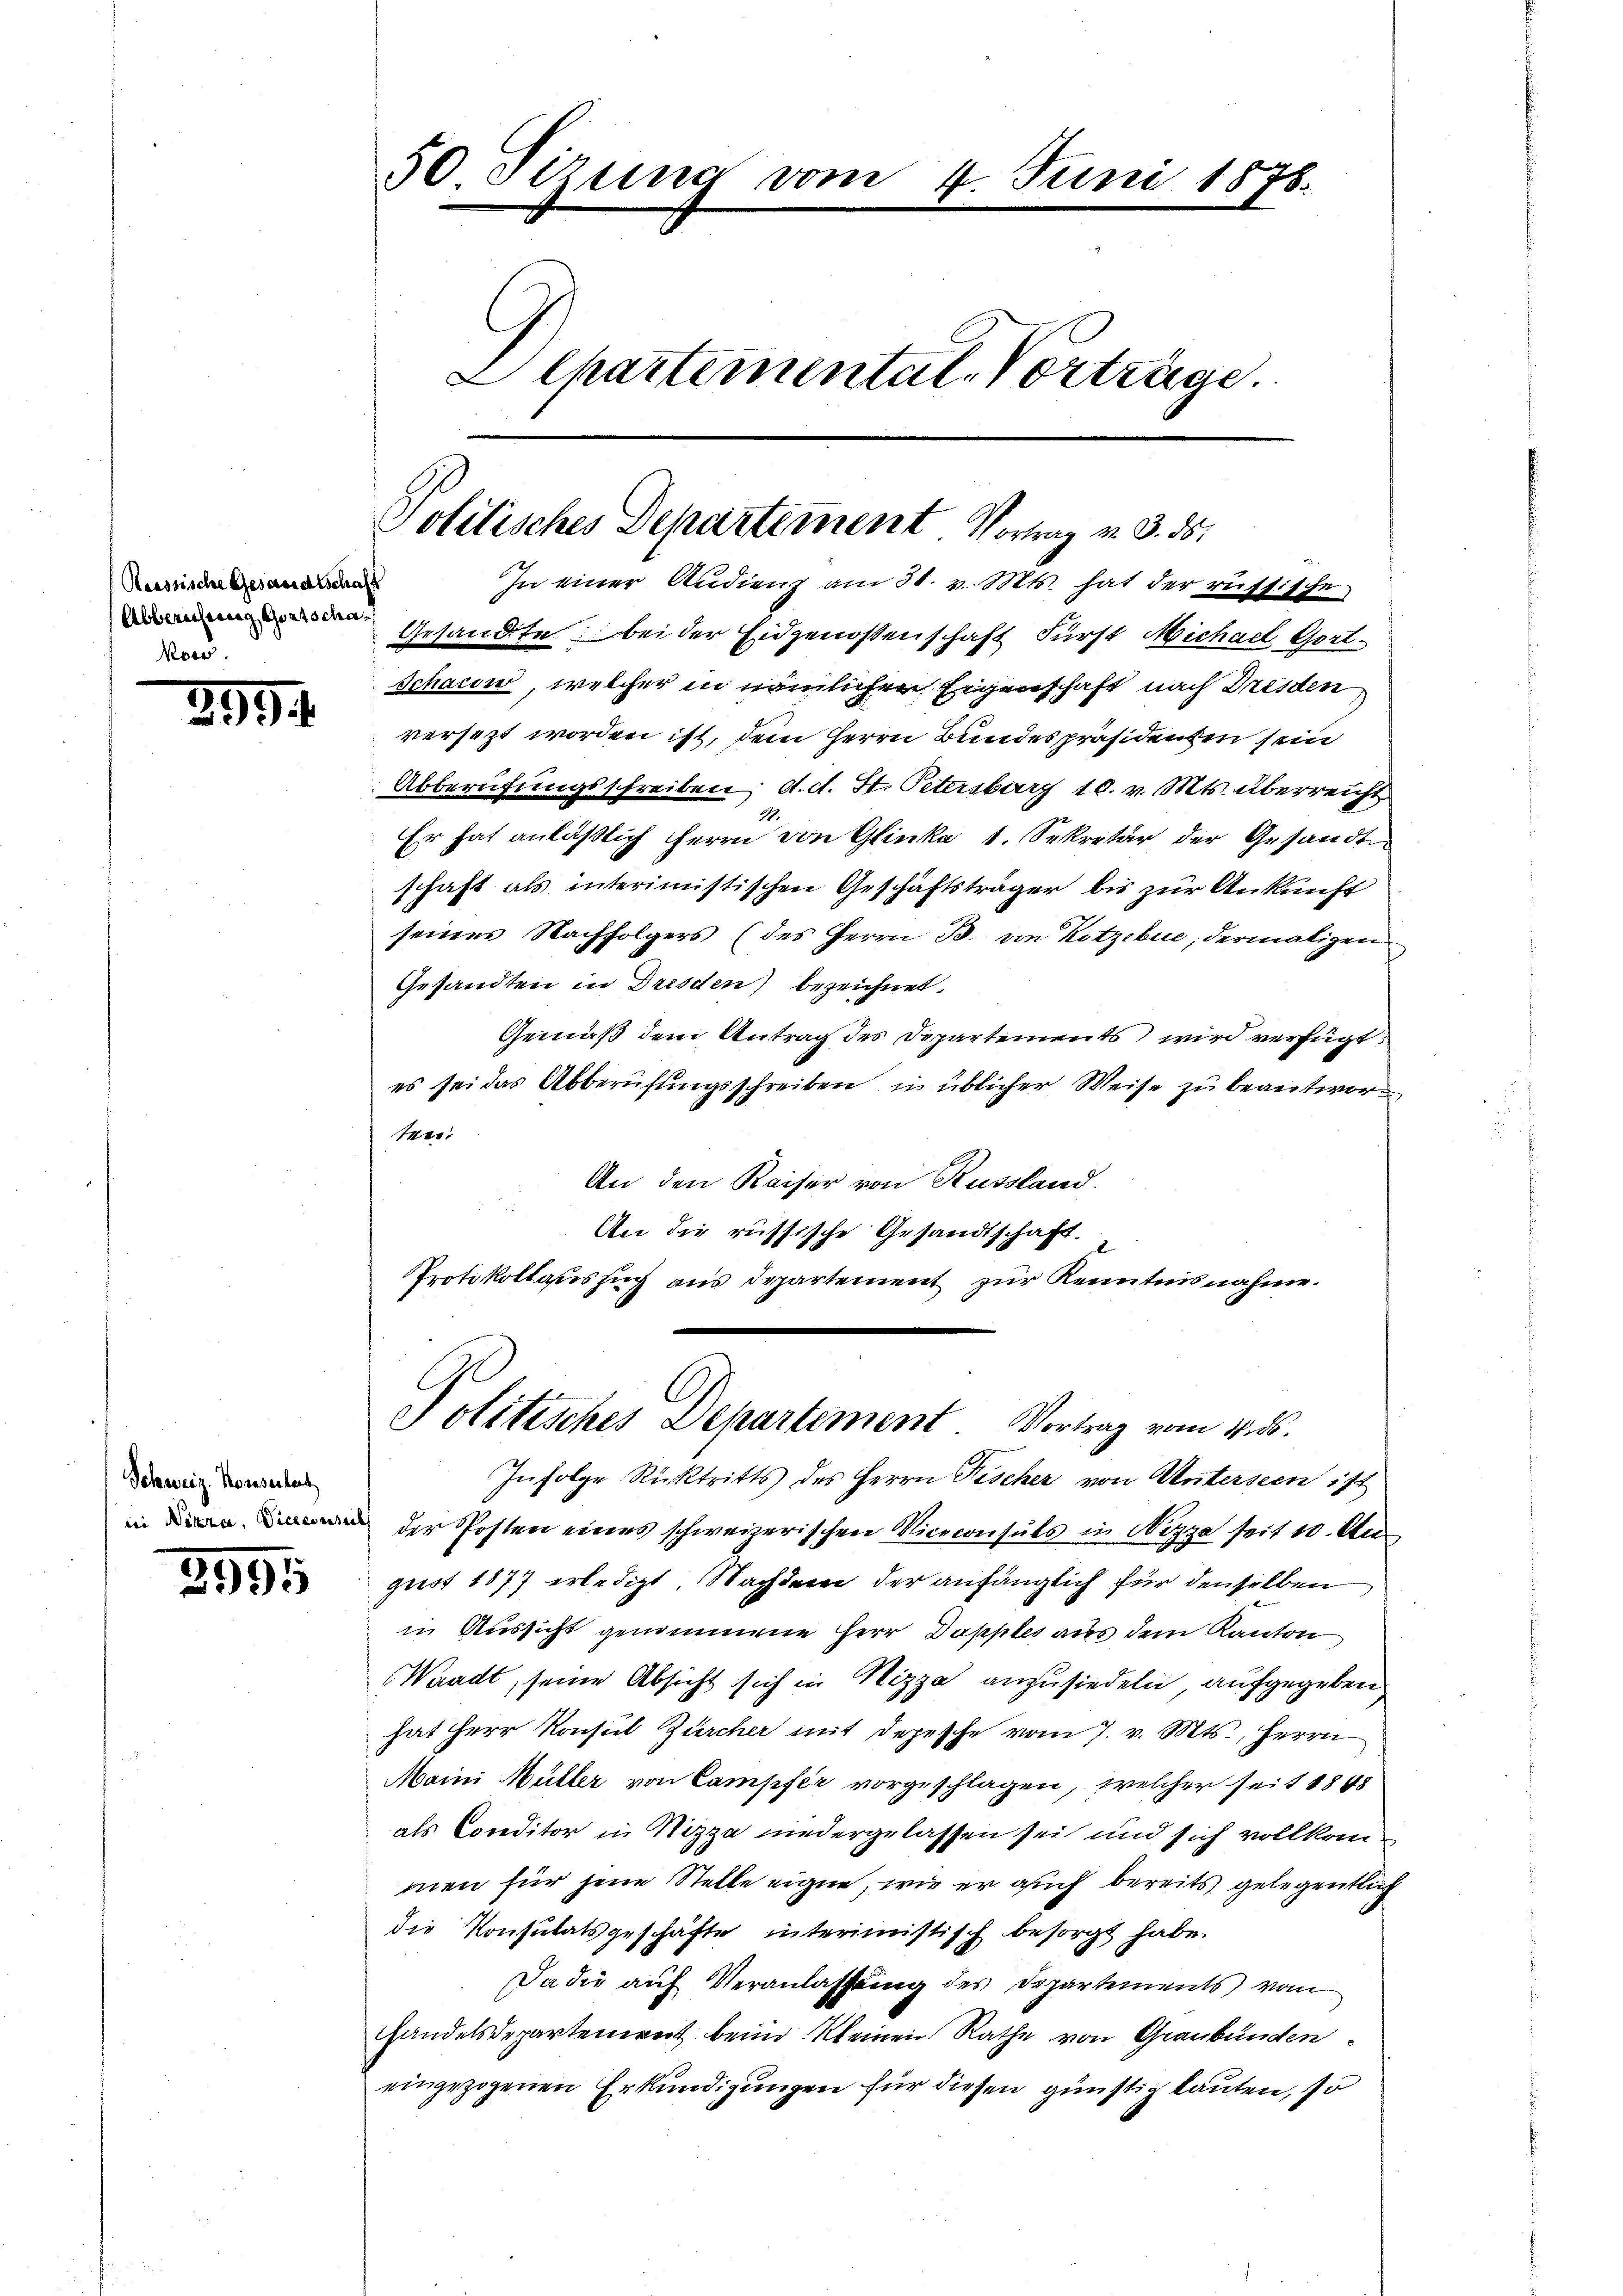
Reussische Gesandtschaft
Abbereifung Gertscha
Mow.

399.

Schweiz. Konseitet
in Nizza, Vierconseits

3995

50. Sizung vom 4. Juni 1878.
Alhartemental Vorträge.

Politisches Departement Vortrag v. 3. 55.
In einer Audienz am 31. v. Mts. hat der russische

Protokollasiszug aus Departement zur Kenntnisnahme.
Politisches Departement Vortrag vom 4. d.

Gesandte bei der Eidgenossenschaft Fürst Michael Gort¬
Schacun, welcher in nämlichen Eigenschaft nach Dresden
versezt worden ist, dem Herrn Bundespräsidenten sein
Abberufungsschreiben; d. d. St. Petersburg 10. v. Mts. überreicht.
2
Er hat anläßlich Herrn von Glinke 1. Sekretär der Gesandte
schaft als interimistischen Geschäftsträger bis zur Ankunft
seines Nachfolgers (des Herrn B. von Kotzebue, dermaligen
Gesandten in Dresden) bezeichnet.
Gemäß dem Antrag des Departements wird verfügt:
es sei das Abberufungsschreiben in üblicher Weise zu beantworten.
An den Kaiser von Russland.
An die russische Gesandtschaft.
Infolge Rücktritts des Herrn Rischer von Unterseen ist
der Posten eines schweizerischen Nicoconsuls in Nizza seit 10. Un
gust 1877 erledigt. Nachdem der anfänglich für denselben
in Aussicht genommene Herr Dapples aus dem Kanton
Waadt, seine Absicht sich in Nizza anzusiedeln, aufgegeben
hat Herr Konsul Zürcher mit Depesche vom 7. v. Mts., Herrn
Maini Müller von Campfer vorgeschlagen, welcher seit 1848
als Conditor in Nizza niedergelassen sei und sich vollkom
men für jene Stelle eigne, wie er auch bereits gelegentlich
die Konsulatsgeschäfte interimistisch besorgt habe.
Da die auf Veranlassung des Departements vom
Handelsdepartement beim Kleinen Rathe von Graubünden
eingezogenen Erkundigungen für diesen günstig lauten, so